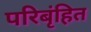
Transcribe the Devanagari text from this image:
परिबृंहित